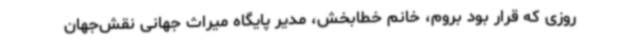
روزی که قرار بود بروم، خانم خطابخش، مدیر پایگاه میراث جهانی نقش‌جهان